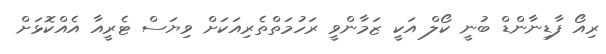
ރިއޯ ފާޑިނާންޑް ބުނީ ކޯލް އަކީ ޒަމާންވީ ރަހުމަތްތެރިއަކަށް ވިޔަސް ޓެރީއާ އެއްކޮޅަށް